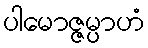
ပါမောဇ္ဇမ္ပာဟံ